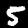
Digit: 5